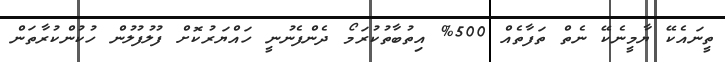
ތީނައެކޭ ޔާމީނެކޭ ނެތް ތަފާތެއް 500% އިތުބާތުކުރަމޯ ދެންފެނުނީ ހައްޔަރުކޮށް ފުލުފުލުން ހުކުންކުރާތަން